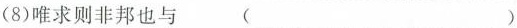
(8)唯求则非邦也与 ( )